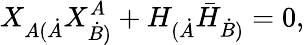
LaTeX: X_{A(\dot{A}}X_{\dot{B})}^{A}+H_{(\dot{A}}\bar{H}_{\dot{B})}=0,